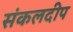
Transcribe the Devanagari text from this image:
संकलदीप